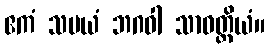
ဧကံ သမယံ ဘဂဝါ သာဝတ္ထိယံ။